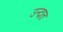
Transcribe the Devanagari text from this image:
उन्दात